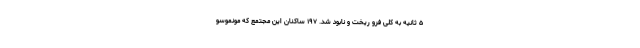
۵ ثانیه به کلی فرو ریخت و نابود شد. ۱۹۷ ساکنان این مجتمع که مونموسو